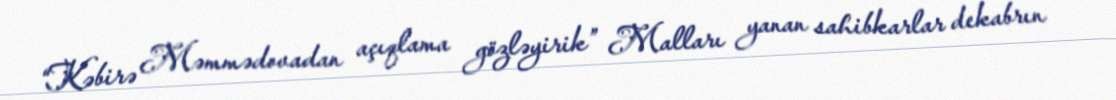
“Kəbirə Məmmədovadan açıqlama gözləyirik” Malları yanan sahibkarlar dekabrın